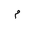
Letter: _mim